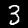
Label: 3